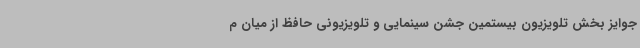
جوایز بخش تلویزیون بیستمین جشن سینمایی و تلویزیونی حافظ از میان م